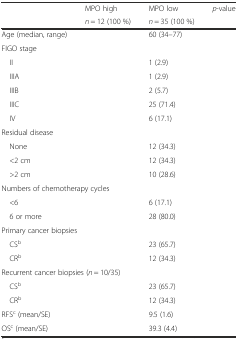
<table><thead><tr><td rowspan="2">[EMPTY_CELL]</td><td><b>MPO high</b></td><td><b>MPO low</b></td><td rowspan="2"><b><i>p</i>-value</b></td></tr><tr><td><b><i>n</i> = 12 (100 %)</b></td><td><b><i>n</i> = 35 (100 %)</b></td></tr></thead><tbody><tr><td>Age (median, range)</td><td>[EMPTY_CELL]</td><td>60 (34–77)</td><td>[EMPTY_CELL]</td></tr><tr><td colspan="4">FIGO stage</td></tr><tr><td> II</td><td>[EMPTY_CELL]</td><td>1 (2.9)</td><td rowspan="5">[EMPTY_CELL]</td></tr><tr><td> IIIA</td><td>[EMPTY_CELL]</td><td>1 (2.9)</td></tr><tr><td> IIIB</td><td>[EMPTY_CELL]</td><td>2 (5.7)</td></tr><tr><td> IIIC</td><td>[EMPTY_CELL]</td><td>25 (71.4)</td></tr><tr><td> IV</td><td>[EMPTY_CELL]</td><td>6 (17.1)</td></tr><tr><td colspan="4">Residual disease</td></tr><tr><td> None</td><td>[EMPTY_CELL]</td><td>12 (34.3)</td><td rowspan="3">[EMPTY_CELL]</td></tr><tr><td> &lt;2 cm</td><td>[EMPTY_CELL]</td><td>12 (34.3)</td></tr><tr><td> &gt;2 cm</td><td>[EMPTY_CELL]</td><td>10 (28.6)</td></tr><tr><td colspan="4">Numbers of chemotherapy cycles</td></tr><tr><td> &lt;6</td><td>[EMPTY_CELL]</td><td>6 (17.1)</td><td rowspan="2">[EMPTY_CELL]</td></tr><tr><td> 6 or more</td><td>[EMPTY_CELL]</td><td>28 (80.0)</td></tr><tr><td colspan="4">Primary cancer biopsies</td></tr><tr><td> CS<sup>b</sup></td><td>[EMPTY_CELL]</td><td>23 (65.7)</td><td rowspan="2">[EMPTY_CELL]</td></tr><tr><td> CR<sup>b</sup></td><td>[EMPTY_CELL]</td><td>12 (34.3)</td></tr><tr><td colspan="4">Recurrent cancer biopsies (<i>n</i> = 10/35)</td></tr><tr><td> CS<sup>b</sup></td><td>[EMPTY_CELL]</td><td>23 (65.7)</td><td rowspan="2">[EMPTY_CELL]</td></tr><tr><td> CR<sup>b</sup></td><td>[EMPTY_CELL]</td><td>12 (34.3)</td></tr><tr><td>RFS<sup>c</sup> (mean/SE)</td><td>[EMPTY_CELL]</td><td>9.5 (1.6)</td><td>[EMPTY_CELL]</td></tr><tr><td>OS<sup>c</sup> (mean/SE)</td><td>[EMPTY_CELL]</td><td>39.3 (4.4)</td><td>[EMPTY_CELL]</td></tr></tbody></table>